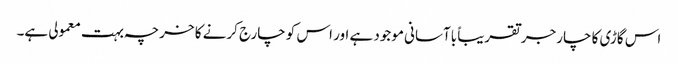
اس گاڑی کا چارجر تقریباً باآسانی موجود ہے اور اس کو چارج کرنے کا خرچہ بہت معمولی ہے۔